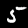
Label: 5